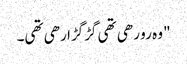
" وہ رو رھی تھی گڑگڑا رھی تھی۔